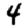
Digit: 4